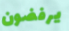
يرفضون